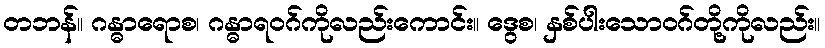
တဘန်။ ဂန္ဓာရောစ၊ ဂန္ဓာရဝဂ်ကိုလည်းကောင်း။ ဒွေစ၊ နှစ်ပါးသောဝဂ်တို့ကိုလည်း။